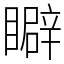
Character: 䁹